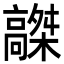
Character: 𩫤